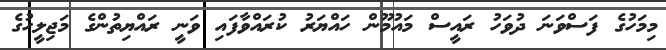
މިމަހުގެ ފަސްވަނަ ދުވަހު ރައީސް މައުމޫން ހައްޔަރު ކުރައްވާފައި ވަނީ ރައްޔިތުންގެ މަޖިލީހުގެ